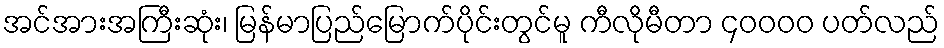
အင်အားအကြီးဆုံး၊ မြန်မာပြည်မြောက်ပိုင်းတွင်မူ ကီလိုမီတာ ၄၀၀၀၀ ပတ်လည်